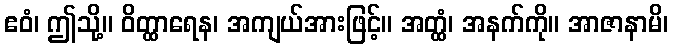
ဧဝံ၊ ဤသို့။ ဝိတ္ထာရေန၊ အကျယ်အားဖြင့်။ အတ္ထံ၊ အနက်ကို။ အာဇာနာမိ၊